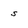
Character: s